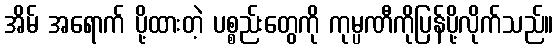
အိမ် အရောက် ပို့ထားတဲ့ ပစ္စည်းတွေကို ကုမ္ပဏီကိုပြန်ပို့လိုက်သည်။